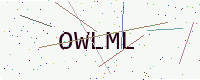
Text: OWLML